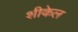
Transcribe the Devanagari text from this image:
शीकेल